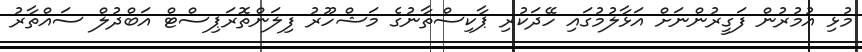
މުޅި އުމުރުން ފަގީރުންނަށް އަޅާލުމުގައި ހޭދަކުރި ޕާކިސްތާނުގެ މަޝްހޫރު ފިލަންތޮރަޕިސްޓް އަބްދުލް ސައްތާރު